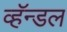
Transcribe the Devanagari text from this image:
व्हॅन्डल